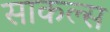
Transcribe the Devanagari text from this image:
साकल्स